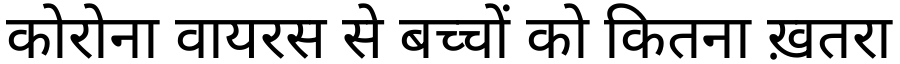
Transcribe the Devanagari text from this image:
कोरोना वायरस से बच्चों को कितना ख़तरा